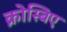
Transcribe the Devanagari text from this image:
क्रोस्बिए